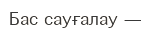
Бас сауғалау —